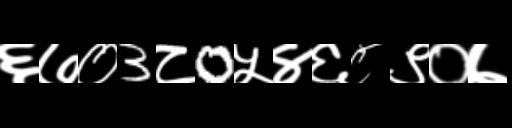
Text: ६७०3८0५४६८९०७